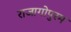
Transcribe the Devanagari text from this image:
राजागोपुरम